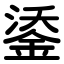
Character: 鋈